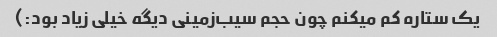
یک ستاره کم میکنم چون حجم سیب‌زمینی دیگه خیلی زیاد بود:)